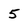
Character: 5